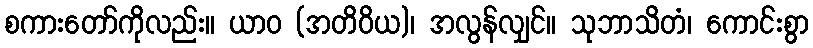
စကားတော်ကိုလည်း။ ယာဝ (အတိဝိယ)၊ အလွန်လျှင်။ သုဘာသိတံ၊ ကောင်းစွာ